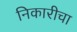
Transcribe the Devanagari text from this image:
निकारीचा